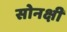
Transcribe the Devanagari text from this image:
सोनक्षी